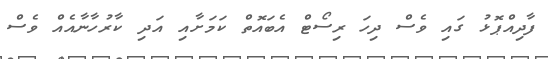
ފާދިއްޕޮޅު ގައި ވެސް ދިހަ ރިސޯޓް އެބައޮތް ކަމަށާއި އަދި ކާރުހާނާއެއް ވެސް